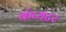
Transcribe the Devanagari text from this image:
कंप्यटर